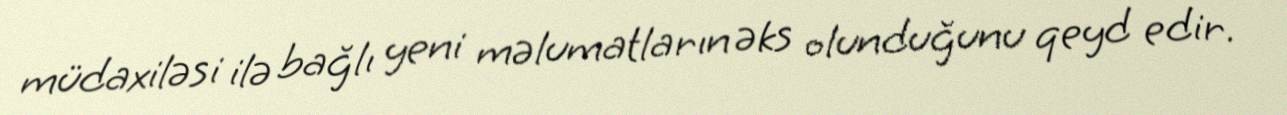
müdaxiləsi ilə bağlı yeni məlumatların əks olunduğunu qeyd edir.